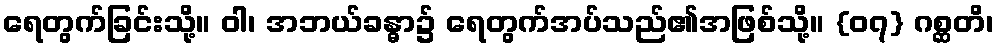
ရေတွက်ခြင်းသို့။ ဝါ၊ အဘယ်ခန္ဓာ၌ ရေတွက်အပ်သည်၏အဖြစ်သို့။ {၀၇} ဂစ္ဆတိ၊